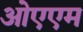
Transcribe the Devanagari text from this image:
ओएएम